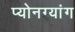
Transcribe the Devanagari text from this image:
प्योनग्यांग